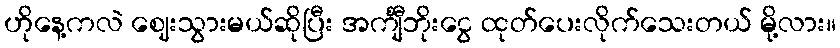
ဟိုနေ့ကလဲ ဈေးသွားမယ်ဆိုပြီး အင်္ကျီဘိုးငွေ ထုတ်ပေးလိုက်သေးတယ် မို့လား။